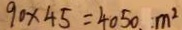
9 0 \times 4 5 = 4 0 5 0 . m ^ { 2 }